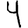
Digit: 4